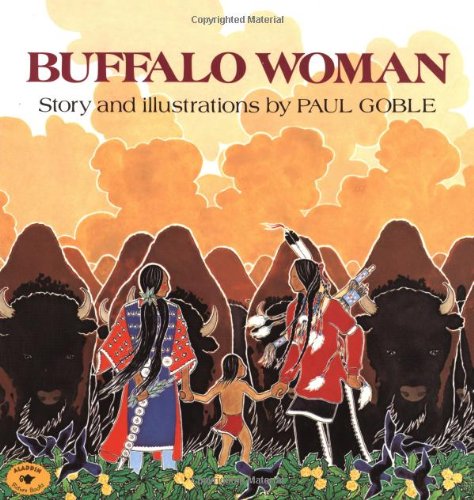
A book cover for Buffalo Woman; Paul Goble; Children's Books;